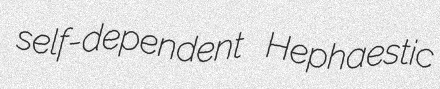
self-dependent Hephaestic